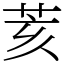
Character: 荄